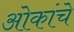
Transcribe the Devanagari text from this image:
ओकांचे